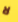
لا